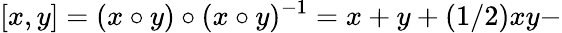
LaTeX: [x,y]=(x\circ y)\circ(x\circ y)^{-1}=x+y+(1/2)xy-